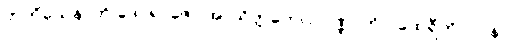
တတိယေနာတိ ဒေဝရာဇော အာသိတ္တတေလဝဏ္ဏာတိပိ ထေရီတိ ပါပနာ